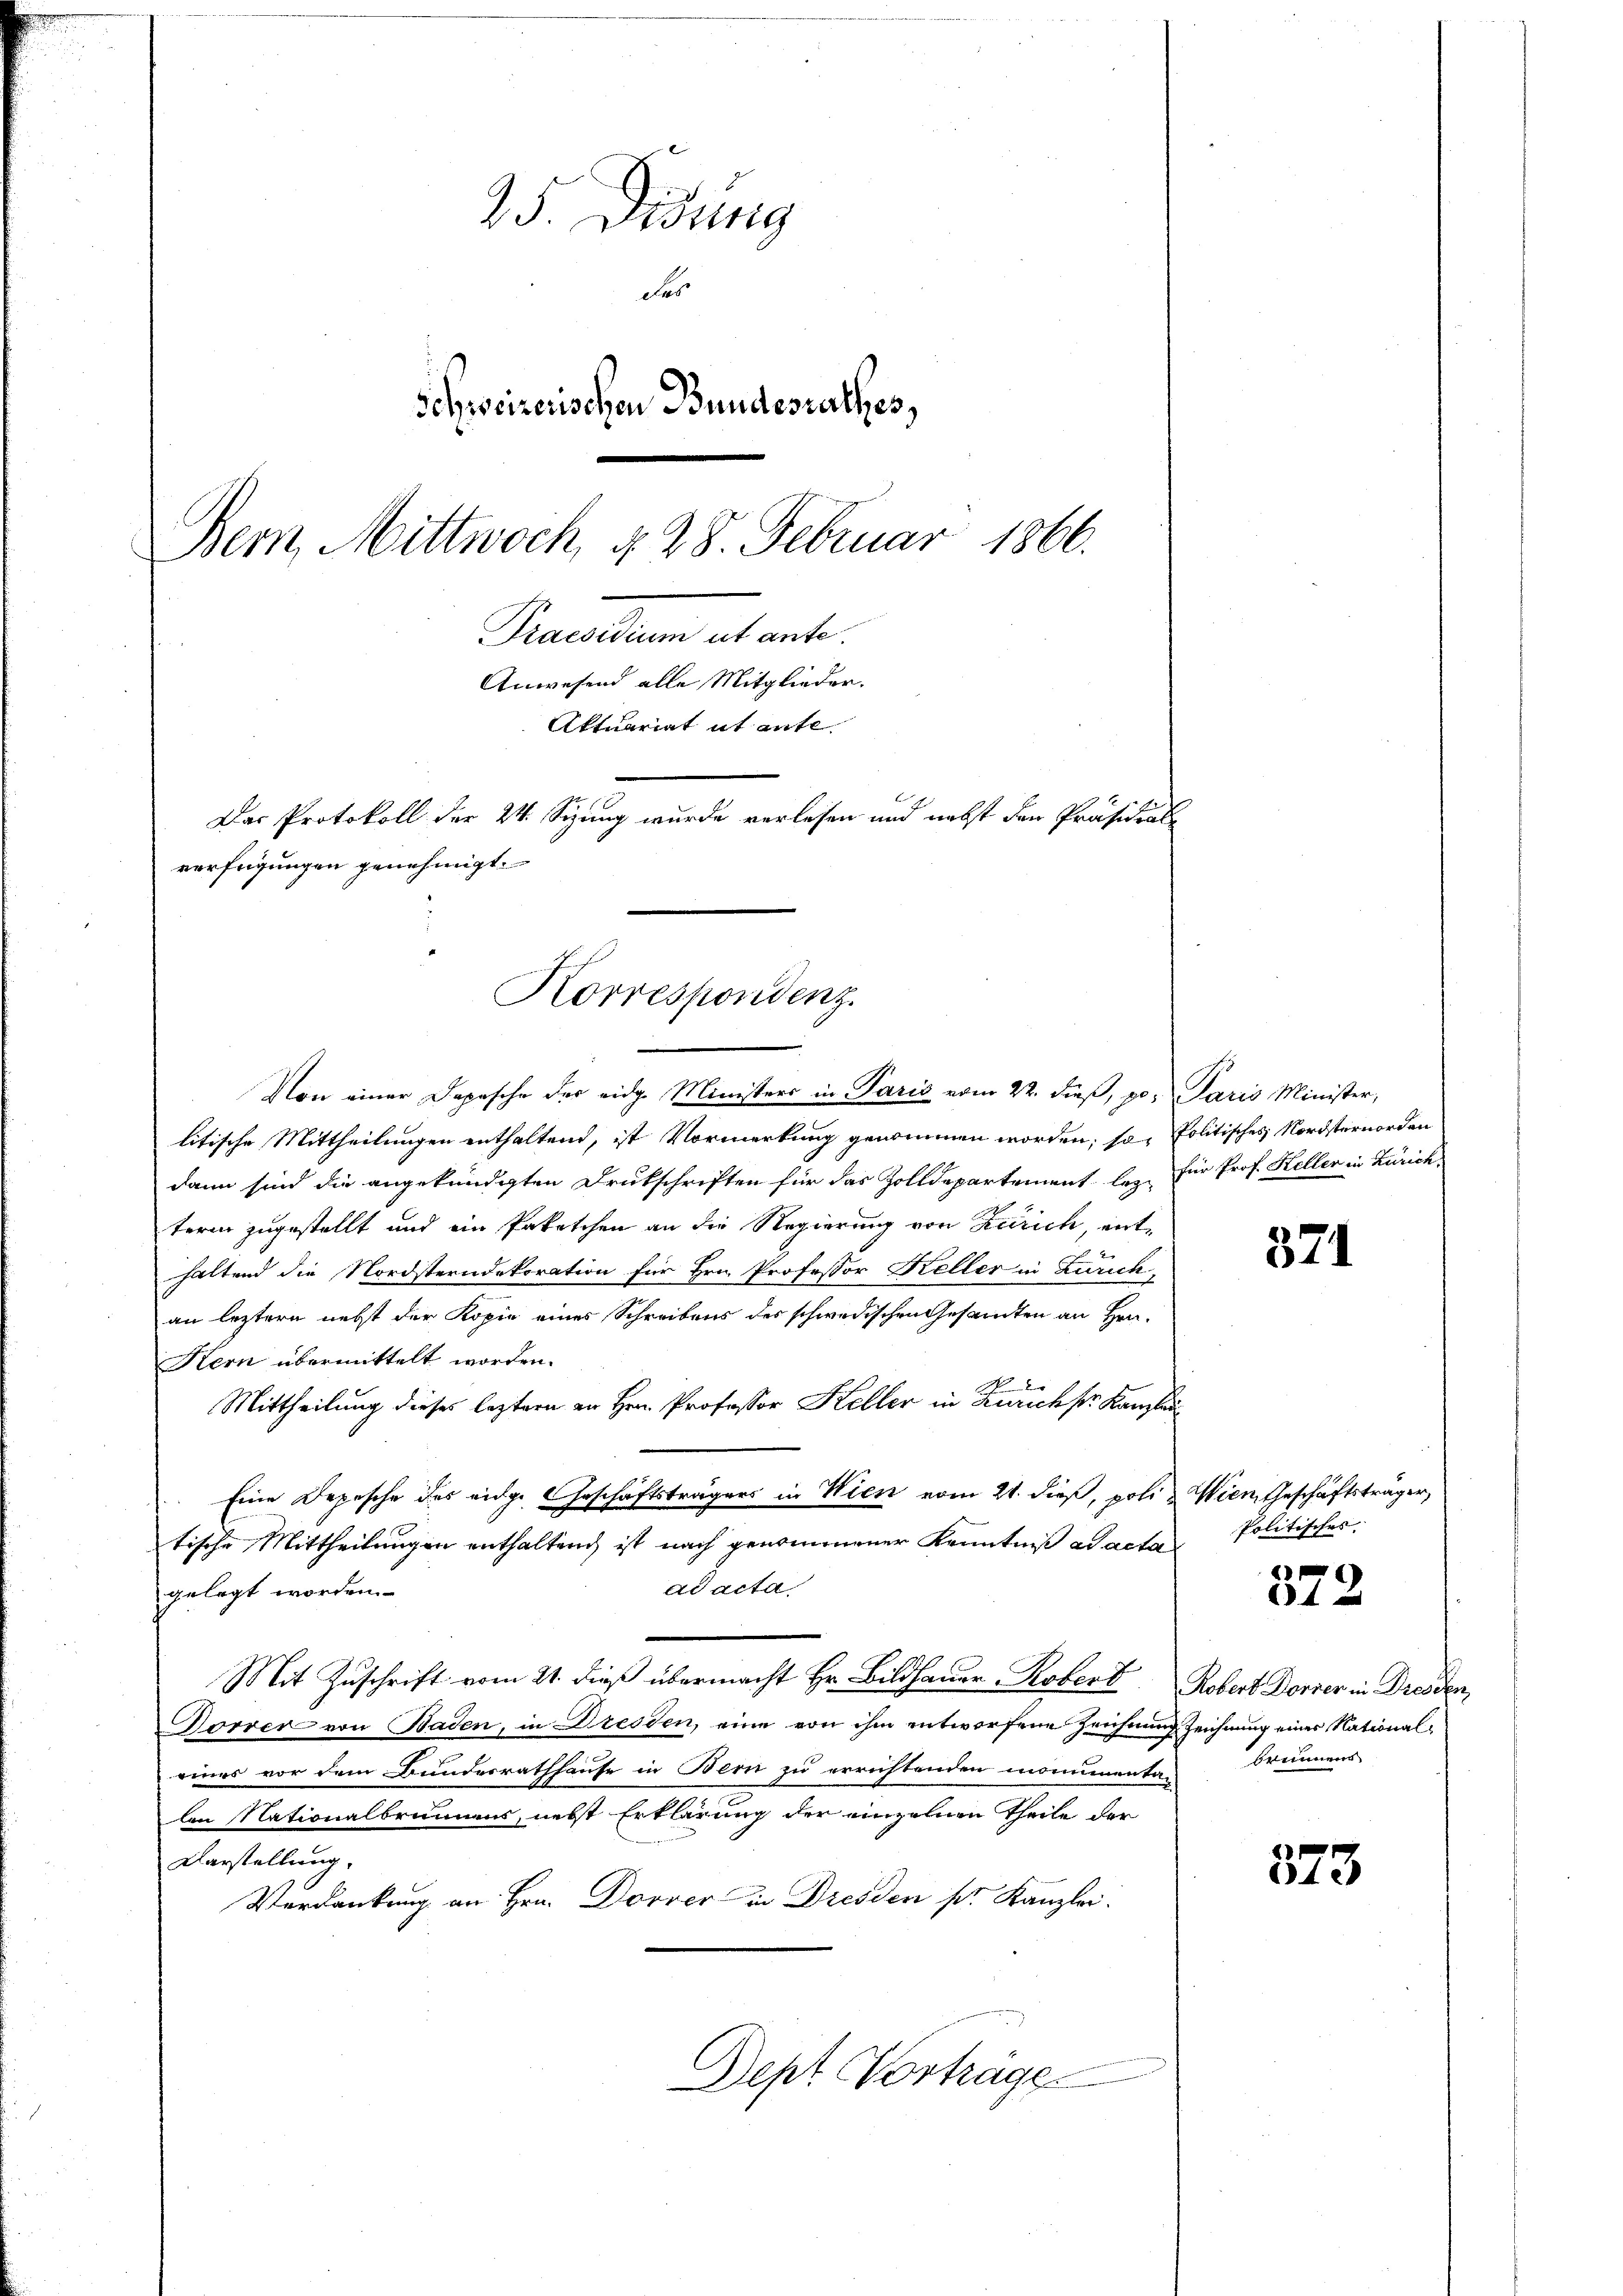
25. Dedung
Fes
Schweizerischen Bundesrathes,
Bern, Mittwoch §. 28. Februar 1866.
Praesiden et ante
Anwesend alle Mitglieder.
Aktuariat it ente.
Das Protokoll der 24. Sizung wurde verlesen und nebst den Präsidialverfügungen genehmigt.

Korrespondenz.

Von einer Depesche der eidg. Ministers in Paris vom 22. dieß, po. Paris Minister,
litische Mittheilungen enthaltend, ist Vormerkung genommen worden; so Politisches Nordsternorden
dann sind die angekündigten Drukschriften für das Zolldepartement lag für Prof. Keller in Zürich
term zugestellt und ein Paketchen an die Regierung von Zürich, enthaltend die Nordsterndekoration für Hrn. Professor Keller in Zürich,
an leztern nebst der Kopie eines Schreibens des schwedischen Gesandten an Hrn.
Kern übermittelt worden.
Mittheilung dieses leztern an Hrn. Professor Heller in Zürichstr. Kanzle
Eine Depesche des eidge Geschäftsträgers in Wien vom 21. dieß, poli & Wien, Geschäftsträger,
tische Mittheilungen enthaltend ist nach genommener Kenntniß ad acta
ad acta.
gelegt worden.
Mit Zuschrift vom 21. dieß übermacht Hr. Bildhauer Robert Robert Donner in Dresden,
Forrer von Baden, in Dresden, eine von ihm entworfene Zeichnung Zeichnung einer Nationaleines vor dem Bundesrathhause in Bern zu errichtenden momentan
lon Nationalbrunnens, nebst Erklärung der einzelnen Theile der
Darstellung,
Verdankung an Hrn. Dovver in Dresden pr. Kanzlei.
Dept Vorträge

371

Politisches. |

372

brennens

373